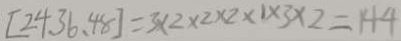
[ 2 4 、 3 6 、 4 8 ] = 3 \times 2 \times 2 \times 2 \times 1 \times 3 \times 2 = 1 4 4